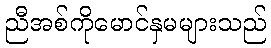
ညီအစ်ကိုမောင်နှမများသည်